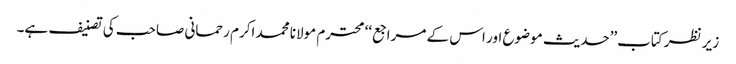
زیر نظر کتاب’’حدیث موضوع اور اس کے مراجع‘‘ محترم مولانا محمد اکرم رحمانی صاحب کی تصنیف ہے۔